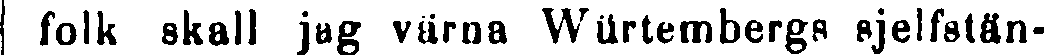
I folk skall jag värna Würtembergs sjelfstän-